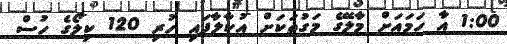
1:00 އާ ހަމައަށް މާލޭގެ މަގުތަކަށް އުކާލާފައި ހުރި 120 ކިލޯގެ ހުސް